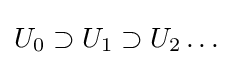
U_{0}\supset U_{1}\supset U_{2}\dots